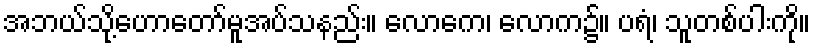
အဘယ်သို့ဟောတော်မူအပ်သနည်း။ လောကေ၊ လောက၌။ ပရံ၊ သူတစ်ပါးကို။